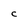
Character: C